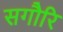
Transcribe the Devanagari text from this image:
सगौरि